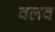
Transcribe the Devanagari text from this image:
वलव